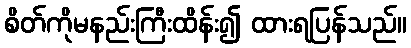
စိတ်ကိုမနည်းကြီးထိန်း၍ ထားရပြန်သည်။